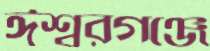
ঈশ্বরগঞ্জে